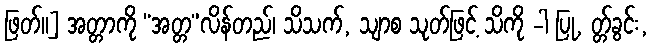
ဖြတ်။] အတ္တာကို “အတ္တ”လိန်တည်၊ သိသက်, သျာစ သုတ်ဖြင့် သိကို -ါ ပြု, တ္တ်ခွင်း,